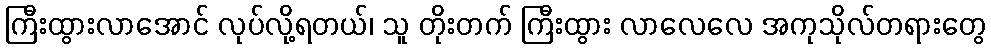
ကြီးထွားလာအောင် လုပ်လို့ရတယ်၊ သူ တိုးတက် ကြီးထွား လာလေလေ အကုသိုလ်တရားတွေ